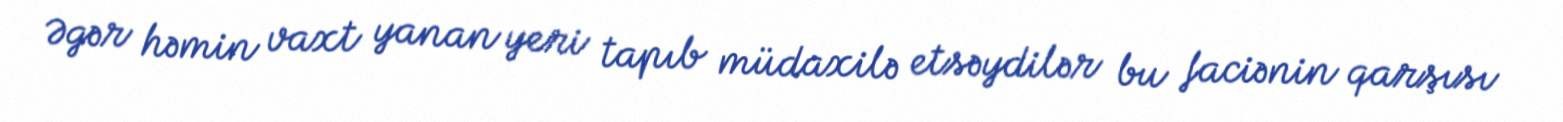
Əgər həmin vaxt yanan yeri tapıb müdaxilə etsəydilər bu faciənin qarşısı